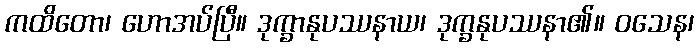
ကထိတော၊ ဟောအပ်ပြီ။ ဒုက္ခာနုပဿနာယ၊ ဒုက္ခနုပဿနာ၏။ ဝသေန၊